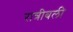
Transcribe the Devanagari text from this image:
रात्रीबली